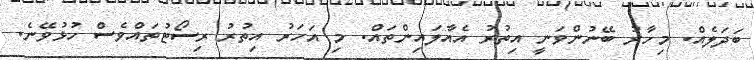
ބަދަލެއް. މިހާރު ބޭނުންވަނީ އިތުރު އެއާލައިންތައް. މި އަހަރު އިތުރު ރިސޯޓުތައްވެސް ހުޅުވޭނެ.